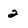
Character: 2